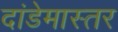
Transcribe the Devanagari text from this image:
दांडेमास्तर